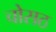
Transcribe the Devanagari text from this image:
चोसठ